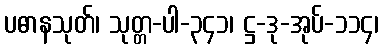
ပဓာနသုတ်၊ သုတ္တ-ပါ-၃၄၁၊ ဋ္ဌ-ဒု-အုပ်-၁၁၄၊